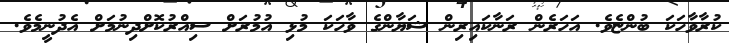
ކުރާވާހަކަ ބުންޏެވެ. އަހަރެން ރަނާކައިރިން ޝަޔާންގެ ވާހަކަ މުޅި އުމުރަށް ސިއްރުކޮށްދިނުމަށް އެދުނީމެވެ.